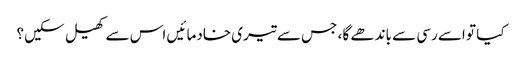
کیا تو اسے رسی سے باندھے گا ، جس سے تیری خادما ئیں اس سے کھیل سکیں ؟